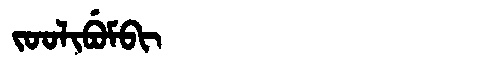
Manchu: ᠵᠣᠣᠯᡳᠪᡠᠮᠪᡳ
Romanization: JOOLIBUMBI